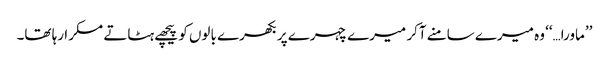
’’ماورا…‘‘ وہ میرے سامنے آکر میرے چہرے پر بکھرے بالوں کو پیچھے ہٹاتے مسکرا رہا تھا۔